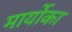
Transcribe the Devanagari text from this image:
मार्योका